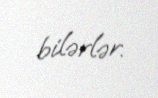
bilərlər.